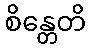
စိန္တေတိ